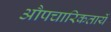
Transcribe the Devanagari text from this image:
औपचारिकतायें